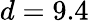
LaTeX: d=9.4